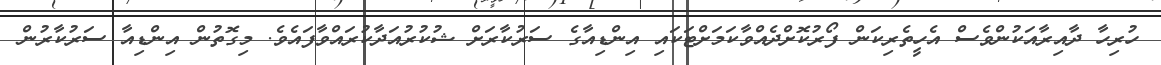
ހުރިހާ ދާއިރާއަކުންވެސް އެހީތެރިކަން ފޯރުކޮށްދެއްވާކަމަށްޓަކައި އިންޑިއާގެ ސަރުކާރަށް ޝުކުރުއަދާކުރައްވާފައެވެ. މިގޮތުން އިންޑިއާ ސަރުކާރުން